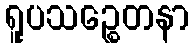
ရူပသဉ္စေတနာ